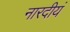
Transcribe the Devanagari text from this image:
नारदीयं